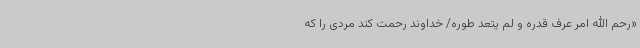
«رحم الله امرً عرف قدره و لم یتعد طوره/ خداوند رحمت کند مردی را که